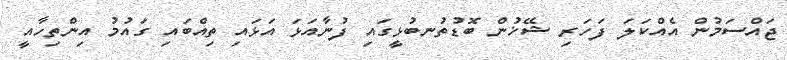
ޖައްސަމުން އެއްކަލަ ފަހަރި ޝޭޚުން ބޮޑުތުނބުޅީގައި ފުނާއަޅަ އަޅައި ތިއްބައި ގައުމު އިންތިހާއީ